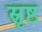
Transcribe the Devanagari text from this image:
स्रृष्ठ